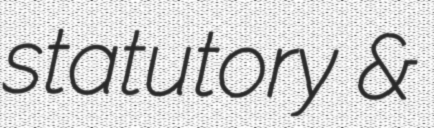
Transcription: statutory &